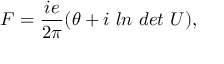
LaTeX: F = \frac { i e } { 2 \pi } ( \theta + i \ l n \ d e t \ U ) ,